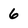
Character: 6